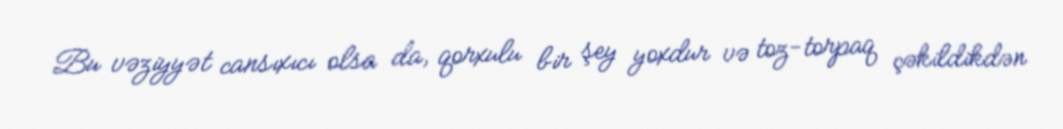
Bu vəziyyət cansıxıcı olsa da, qorxulu bir şey yoxdur və toz-torpaq çəkildikdən